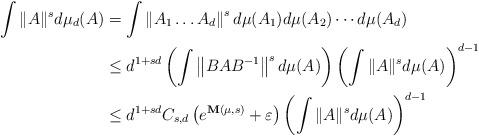
LaTeX: \begin{align*}\int \|A\|^s d\mu_d(A) &= \int \left\|A_1\ldots A_d\right\|^s d\mu(A_1)d\mu(A_2)\cdots d\mu(A_d)\\&\leq d^{1+sd} \left(\int\left\|BAB^{-1}\right\|^s d\mu(A)\right)\left(\int \|A\|^sd\mu(A)\right)^{d-1}\\&\leq d^{1+sd}C_{s,d}\left(e^{\mathbf{M}(\mu,s)}+\varepsilon\right)\left(\int \|A\|^sd\mu(A)\right)^{d-1}\end{align*}